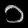
Digit: ၁